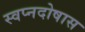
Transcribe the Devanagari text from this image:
स्वप्नदोषास